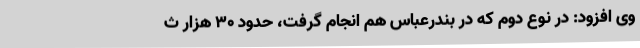
وی افزود: در نوع دوم که در بندرعباس هم انجام گرفت، حدود ۳۰ هزار ث